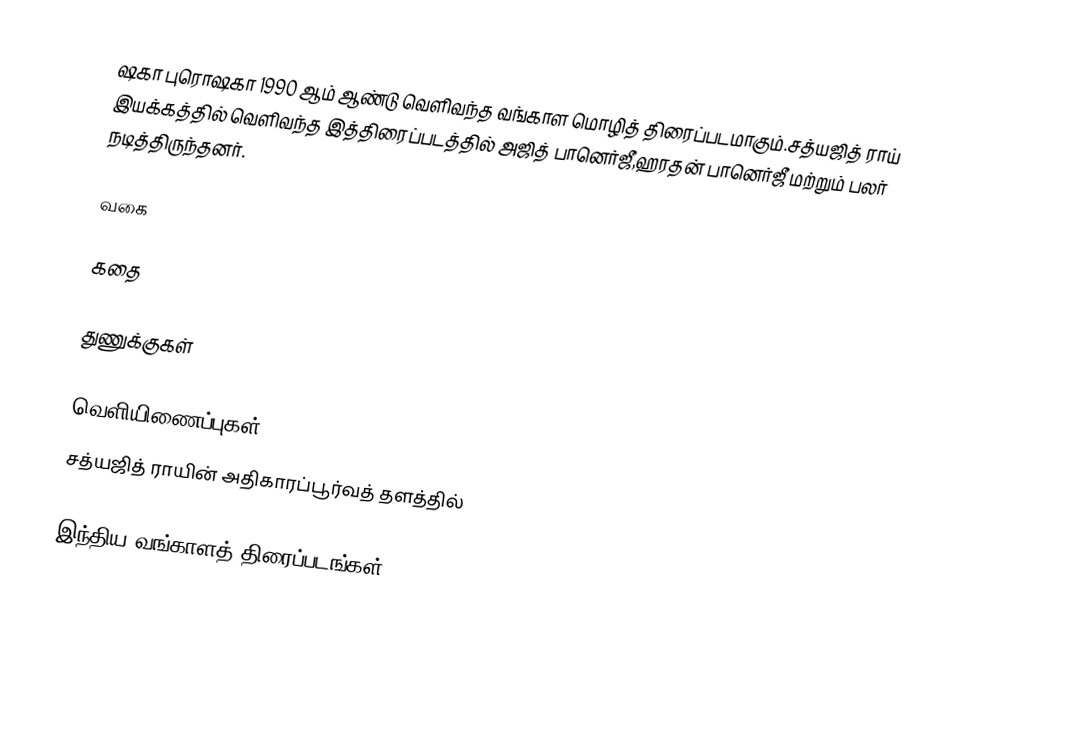
ஷகா புரொஷகா 1990 ஆம் ஆண்டு வெளிவந்த வங்காள மொழித் திரைப்படமாகும்.சத்யஜித் ராய் இயக்கத்தில் வெளிவந்த இத்திரைப்படத்தில் அஜித் பானெர்ஜீ,ஹரதன் பானெர்ஜீ மற்றும் பலர் நடித்திருந்தனர்.

வகை

கதை

துணுக்குகள்

வெளியிணைப்புகள்
சத்யஜித் ராயின் அதிகாரப்பூர்வத் தளத்தில்

இந்திய வங்காளத் திரைப்படங்கள்